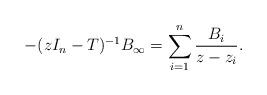
LaTeX: \begin{align*} -(zI_n-T)^{-1}B_{\infty}=\sum_{i=1}^n\frac{B_i}{z-z_i}.\end{align*}